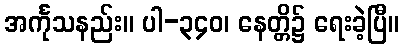
အင်္ကုသနည်း။ ပါ-၃၄၀၊ နေတ္တိ၌ ရေးခဲ့ပြီ။